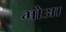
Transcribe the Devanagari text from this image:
भोआ